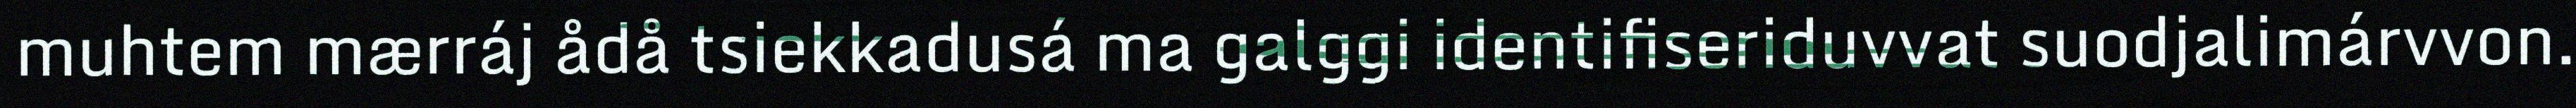
muhtem mærráj ådå tsiekkadusá ma galggi identifiseriduvvat suodjalimárvvon.